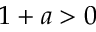
1 + a > 0